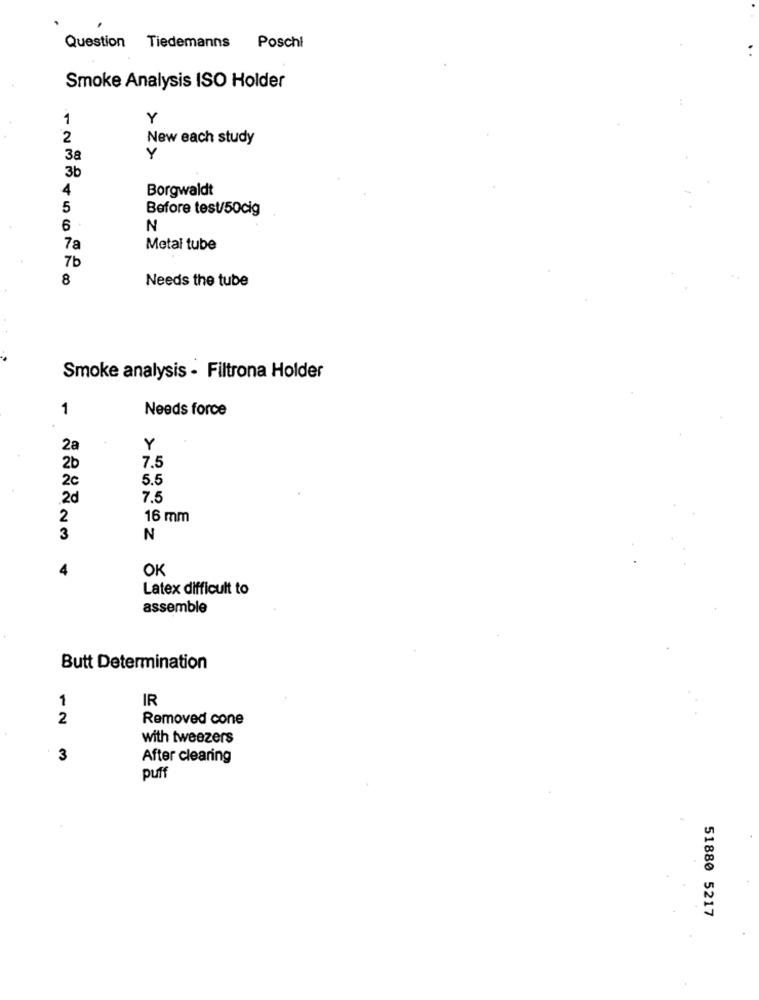
Question Tiedemanns Poschi
Smoke Analysis ISO Holder
1
Y
2
New each study
3a
Y
3b
4
Borgwaldt
5
Before test/50cig
6
N
7a
Metal tube
7b
8
Needs the tube
Smoke analysis - Filtrona Holder
1
Needs force
28
Y
7.5
2b
2c
5.5
2d
7.5
2
16 mm
3
N
OK
Latex difficult to
assemble
Butt Determination
1
IR
2
Removed cone
with tweezers
3
After clearing
puff
51880 5217